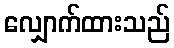
လျှောက်ထားသည်